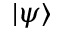
| \psi \rangle